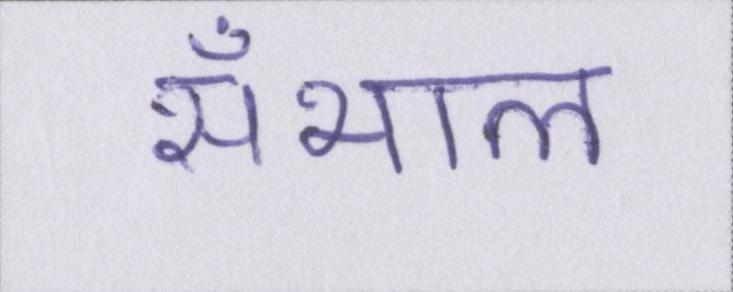
सँभाल